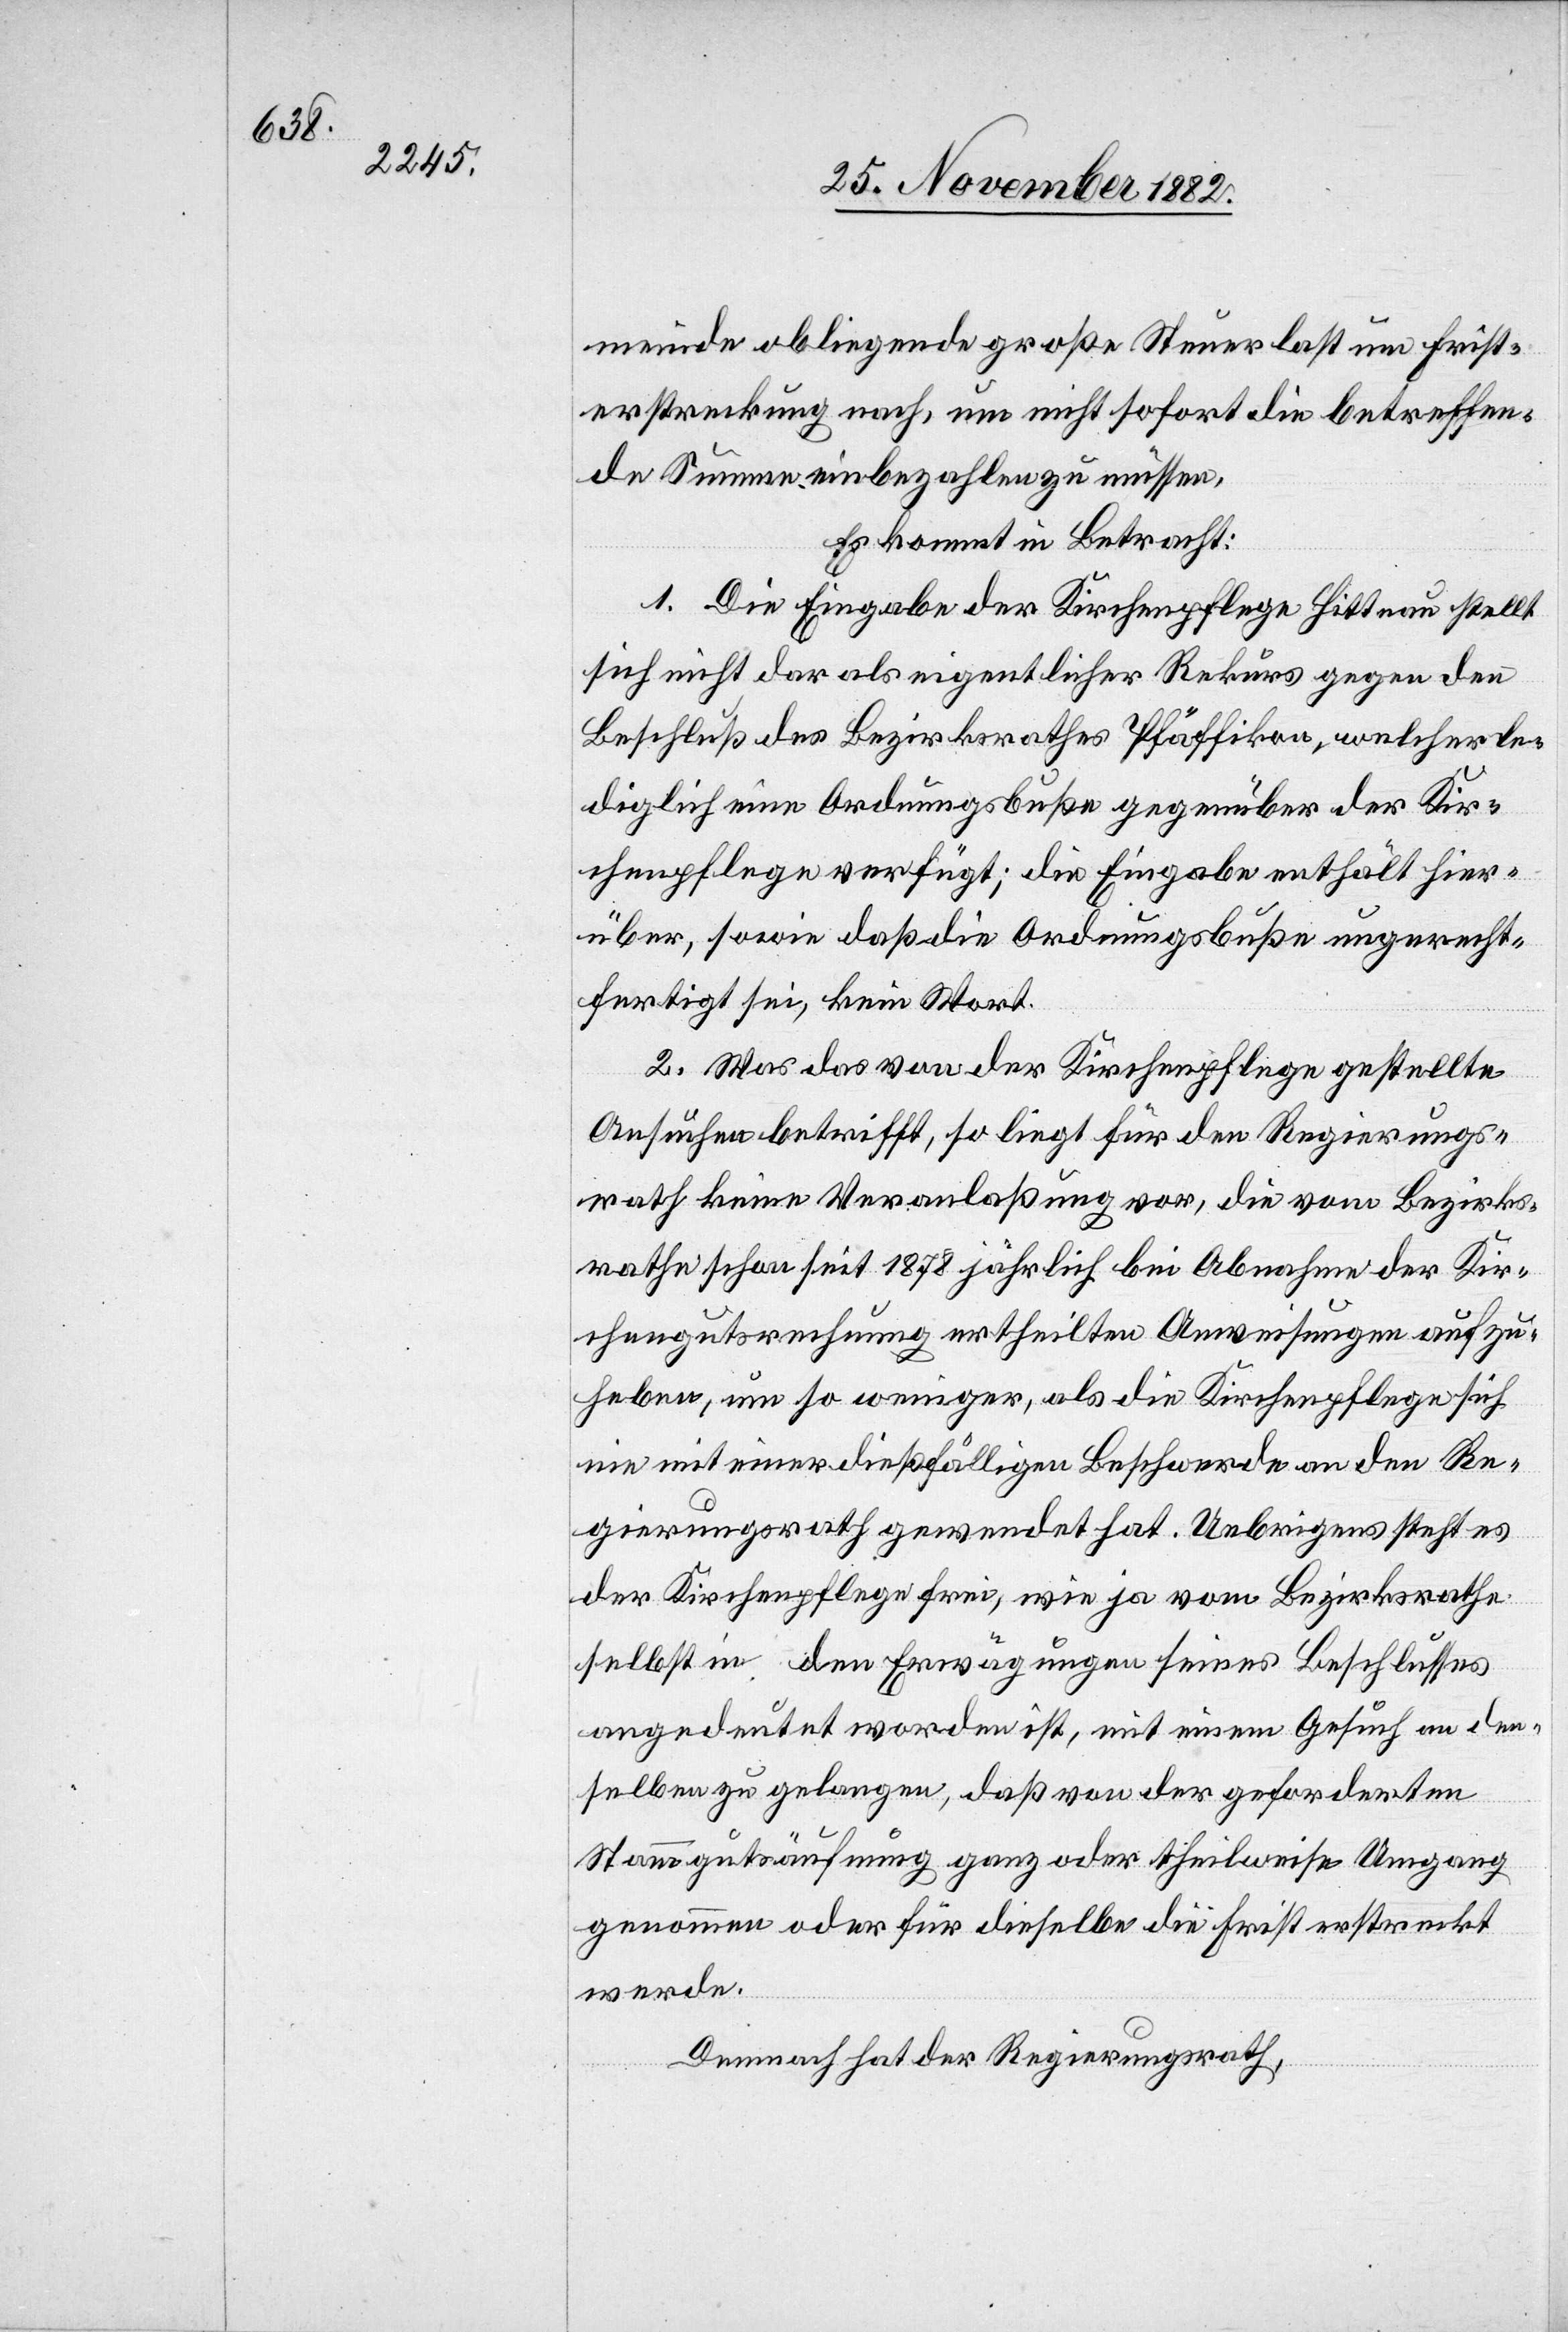
meinde obliegende große Steuerlast um First¬
erstreckung nach, um nicht sofort die betreffen¬
de Summe einbezahlen zu müssen.
Es kommt in Betracht:
1. Die Eingabe der Kirchenpflege Hittnau stellt
sich nicht das als eigentlicher Rekurs gegen den
Beschluß des Bezirksrathes Pfäffikon, welcher le¬
diglich eine Ordnungsbuße gegenüber der Kir¬
chenpflege verfügt; die Eingabe enthält hier¬
über, sowie daß die Ordnungsbuße ungerecht¬
fertigt sei, kein Wort.
2. Was das von der Kirchenpflege gestellte
Ansuchen betrifft, so liegt für den Regierungs¬
rath keine Veranlaßung vor, die vom Bezirks¬
rathe schon seit 1878 jährlich bei Abnahme der Kir¬
chengutsrechnung ertheilten Anweisungen aufzu¬
heben, um so weniger, als die Kirchenpflege sich
nie mit einer dießfälligen Beschwerde an den Re¬
gierungsrath gewendet hat. Uebrigens steht es
der Kirchenpflege frei, wie ja vom Bezirksrathe
selbst in den Erwägungen seines Beschlusses
angedeutet worden ist, mit einem Gesuch an den¬
selben zu gelangen, daß von der geforderten
Stammgutsäufnung ganz oder theilweise Umgang
genommen oder für dieselbe die Frist erstreckt
werde.
Demnach hat der Regierungsrath,